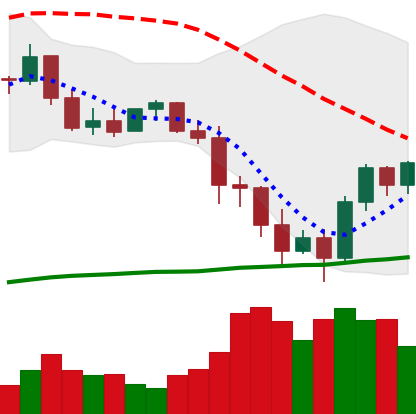
Ticker: BNB-USD
Chart end date: 2022-01-14
Forward return: -5.521%
Label: down_5_7